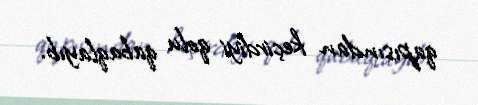
qapısından keçirdiyi qolu qabaqlayıb.